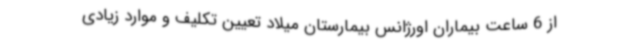
از 6 ساعت بیماران اورژانس بیمارستان میلاد تعیین تکلیف و موارد زیادی